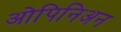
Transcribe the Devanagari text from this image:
ओपिनिअन